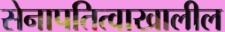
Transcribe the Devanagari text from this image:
सेनापतित्वाखालील